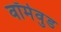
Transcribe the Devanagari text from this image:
वॉर्मवुड